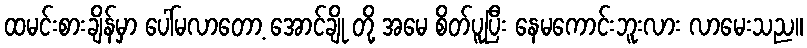
ထမင်းစားချိန်မှာ ပေါ်မလာတော့ အောင်ချို တို့ အမေ စိတ်ပူပြီး နေမကောင်းဘူးလား လာမေးသည။